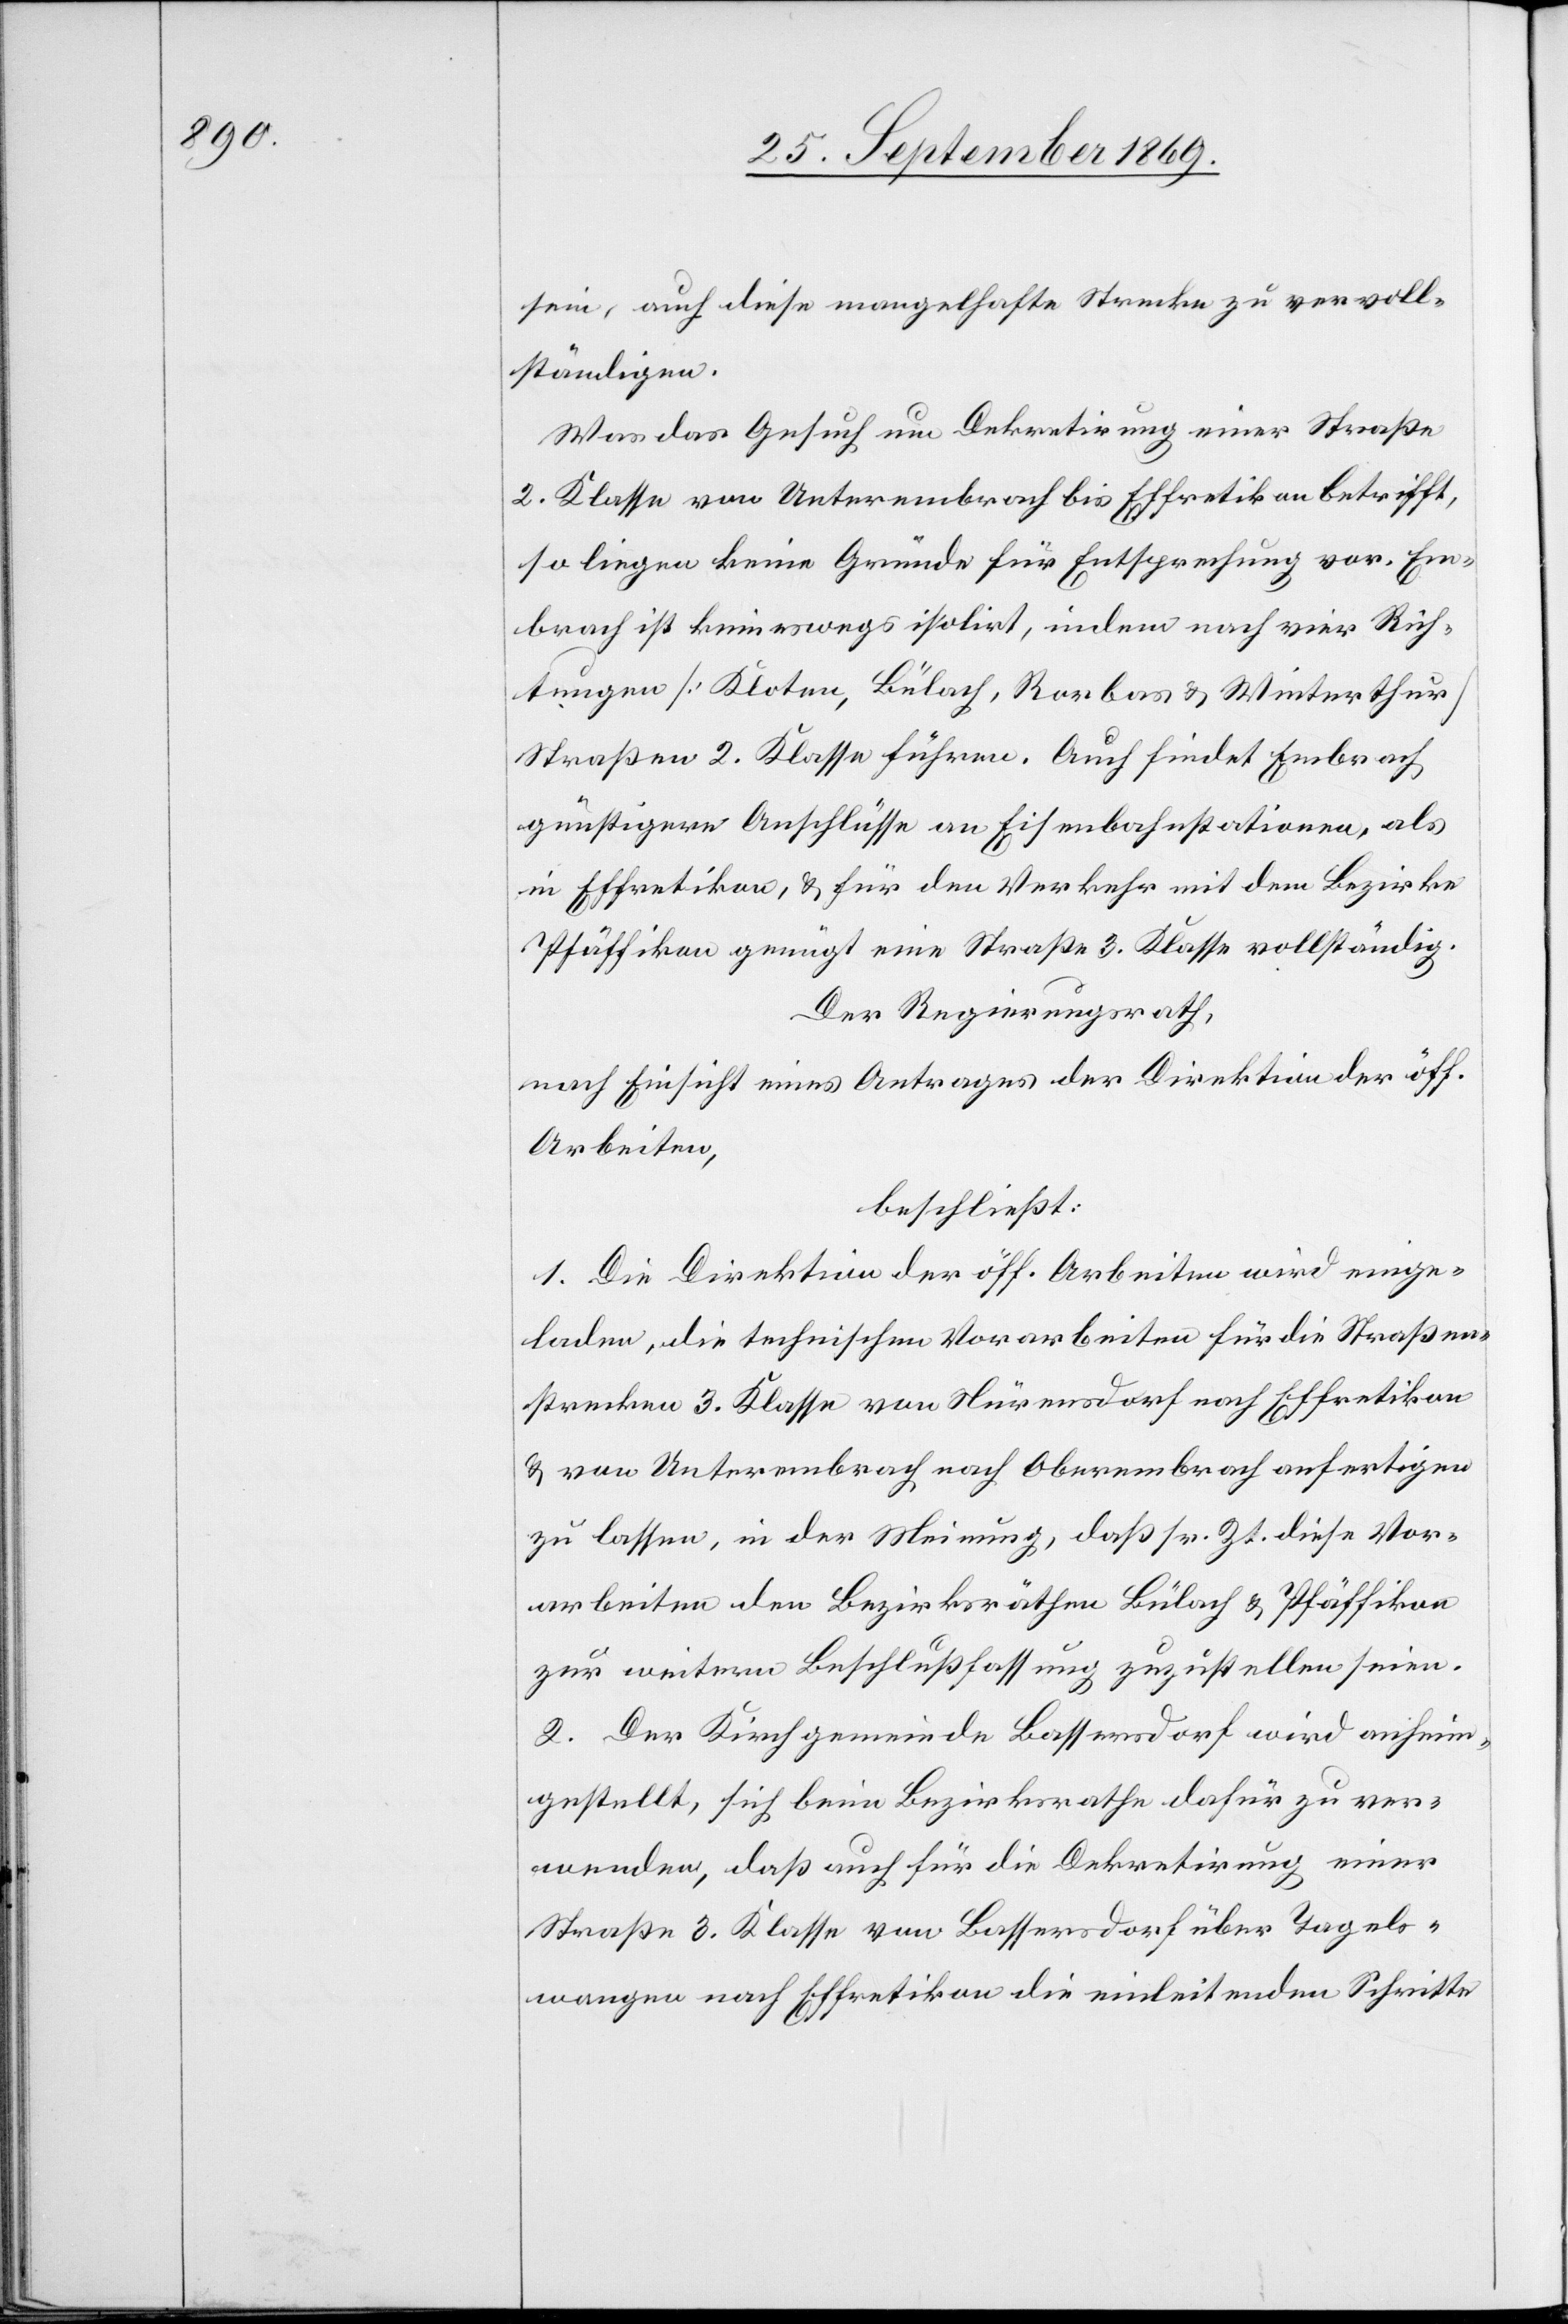
sein, auch diese mangelhafte Strecke zu vervoll¬
ständigen.
Was das Gesuch um Dekretirung einer Straße
2. Klasse von Unterembrach bis Effretikon betrifft,
so liegen keine Gründe für Entsprechung vor. Em¬
brach ist keineswegs isolirt, indem nach vier Rich¬
tungen [Kloten, Bülach, Rorbas & Winterthur]
Straßen 2. Klasse führen. Auch findet Embrach
günstigere Anschlüsse an Eisenbahnstationen, als
in Effretikon, & für den Verkehr mit dem Bezirke
Pfäffikon genügt eine Straße 3. Klasse vollständig.
Der Regierungsrath,
nach Einsicht eines Antrages der Direktion der öff.
Arbeiten,
beschließt:
1. Die Direktion der öff. Arbeiten wird einge¬
laden, die technischen Vorarbeiten für die Straßen¬
strecken 3. Klasse von Nürensdorf nach Effretikon
& von Unterembrach nach Oberembrach anfertigen
zu lassen, in der Meinung, daß sr. Zt. diese Vor¬
arbeiten den Bezirksräthen Bülach & Pfäffikon
zur weitern Beschlußfassung zuzustellen seien.
2. Der Kirchgemeinde Bassersdorf wird anheim¬
gestellt, sich beim Bezirksrathe dafür zu ver¬
wenden, daß auch für die Dekretirung einer
Straße 3. Klasse von Bassersdorf über Tagels¬
wangen nach Effretikon die einleitenden Schritte